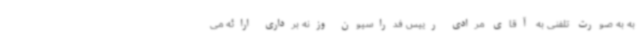
به به صورت تلفنی به آقای مرادی رییس فدراسیون وزنه برداری ارائه می